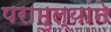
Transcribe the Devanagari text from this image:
परामुल्यांने